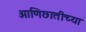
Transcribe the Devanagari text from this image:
आणिछातीच्या